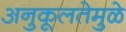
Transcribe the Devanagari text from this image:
अनुकूलतेमुळे